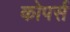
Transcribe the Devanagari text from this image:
कोपर्स